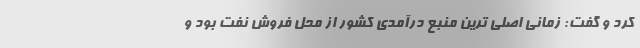
کرد و گفت: زمانی اصلی ترین منبع درآمدی کشور از محل فروش نفت بود و